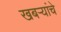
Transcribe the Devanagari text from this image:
खबऱ्यांचे